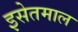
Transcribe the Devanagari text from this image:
इसेतमाल